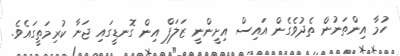
ހުމާ އިންތަނުން ތެދުވެގެން އައިސް އިށީންނީ ޒަލަފް އިން ގޮނޑީގައި ޖަނާ ކުރިމަތީގައެވެ.